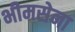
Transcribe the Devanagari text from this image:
भीमसेना